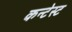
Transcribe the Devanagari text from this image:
कन्टेस्ट